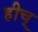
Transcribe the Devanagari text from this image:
हीच्